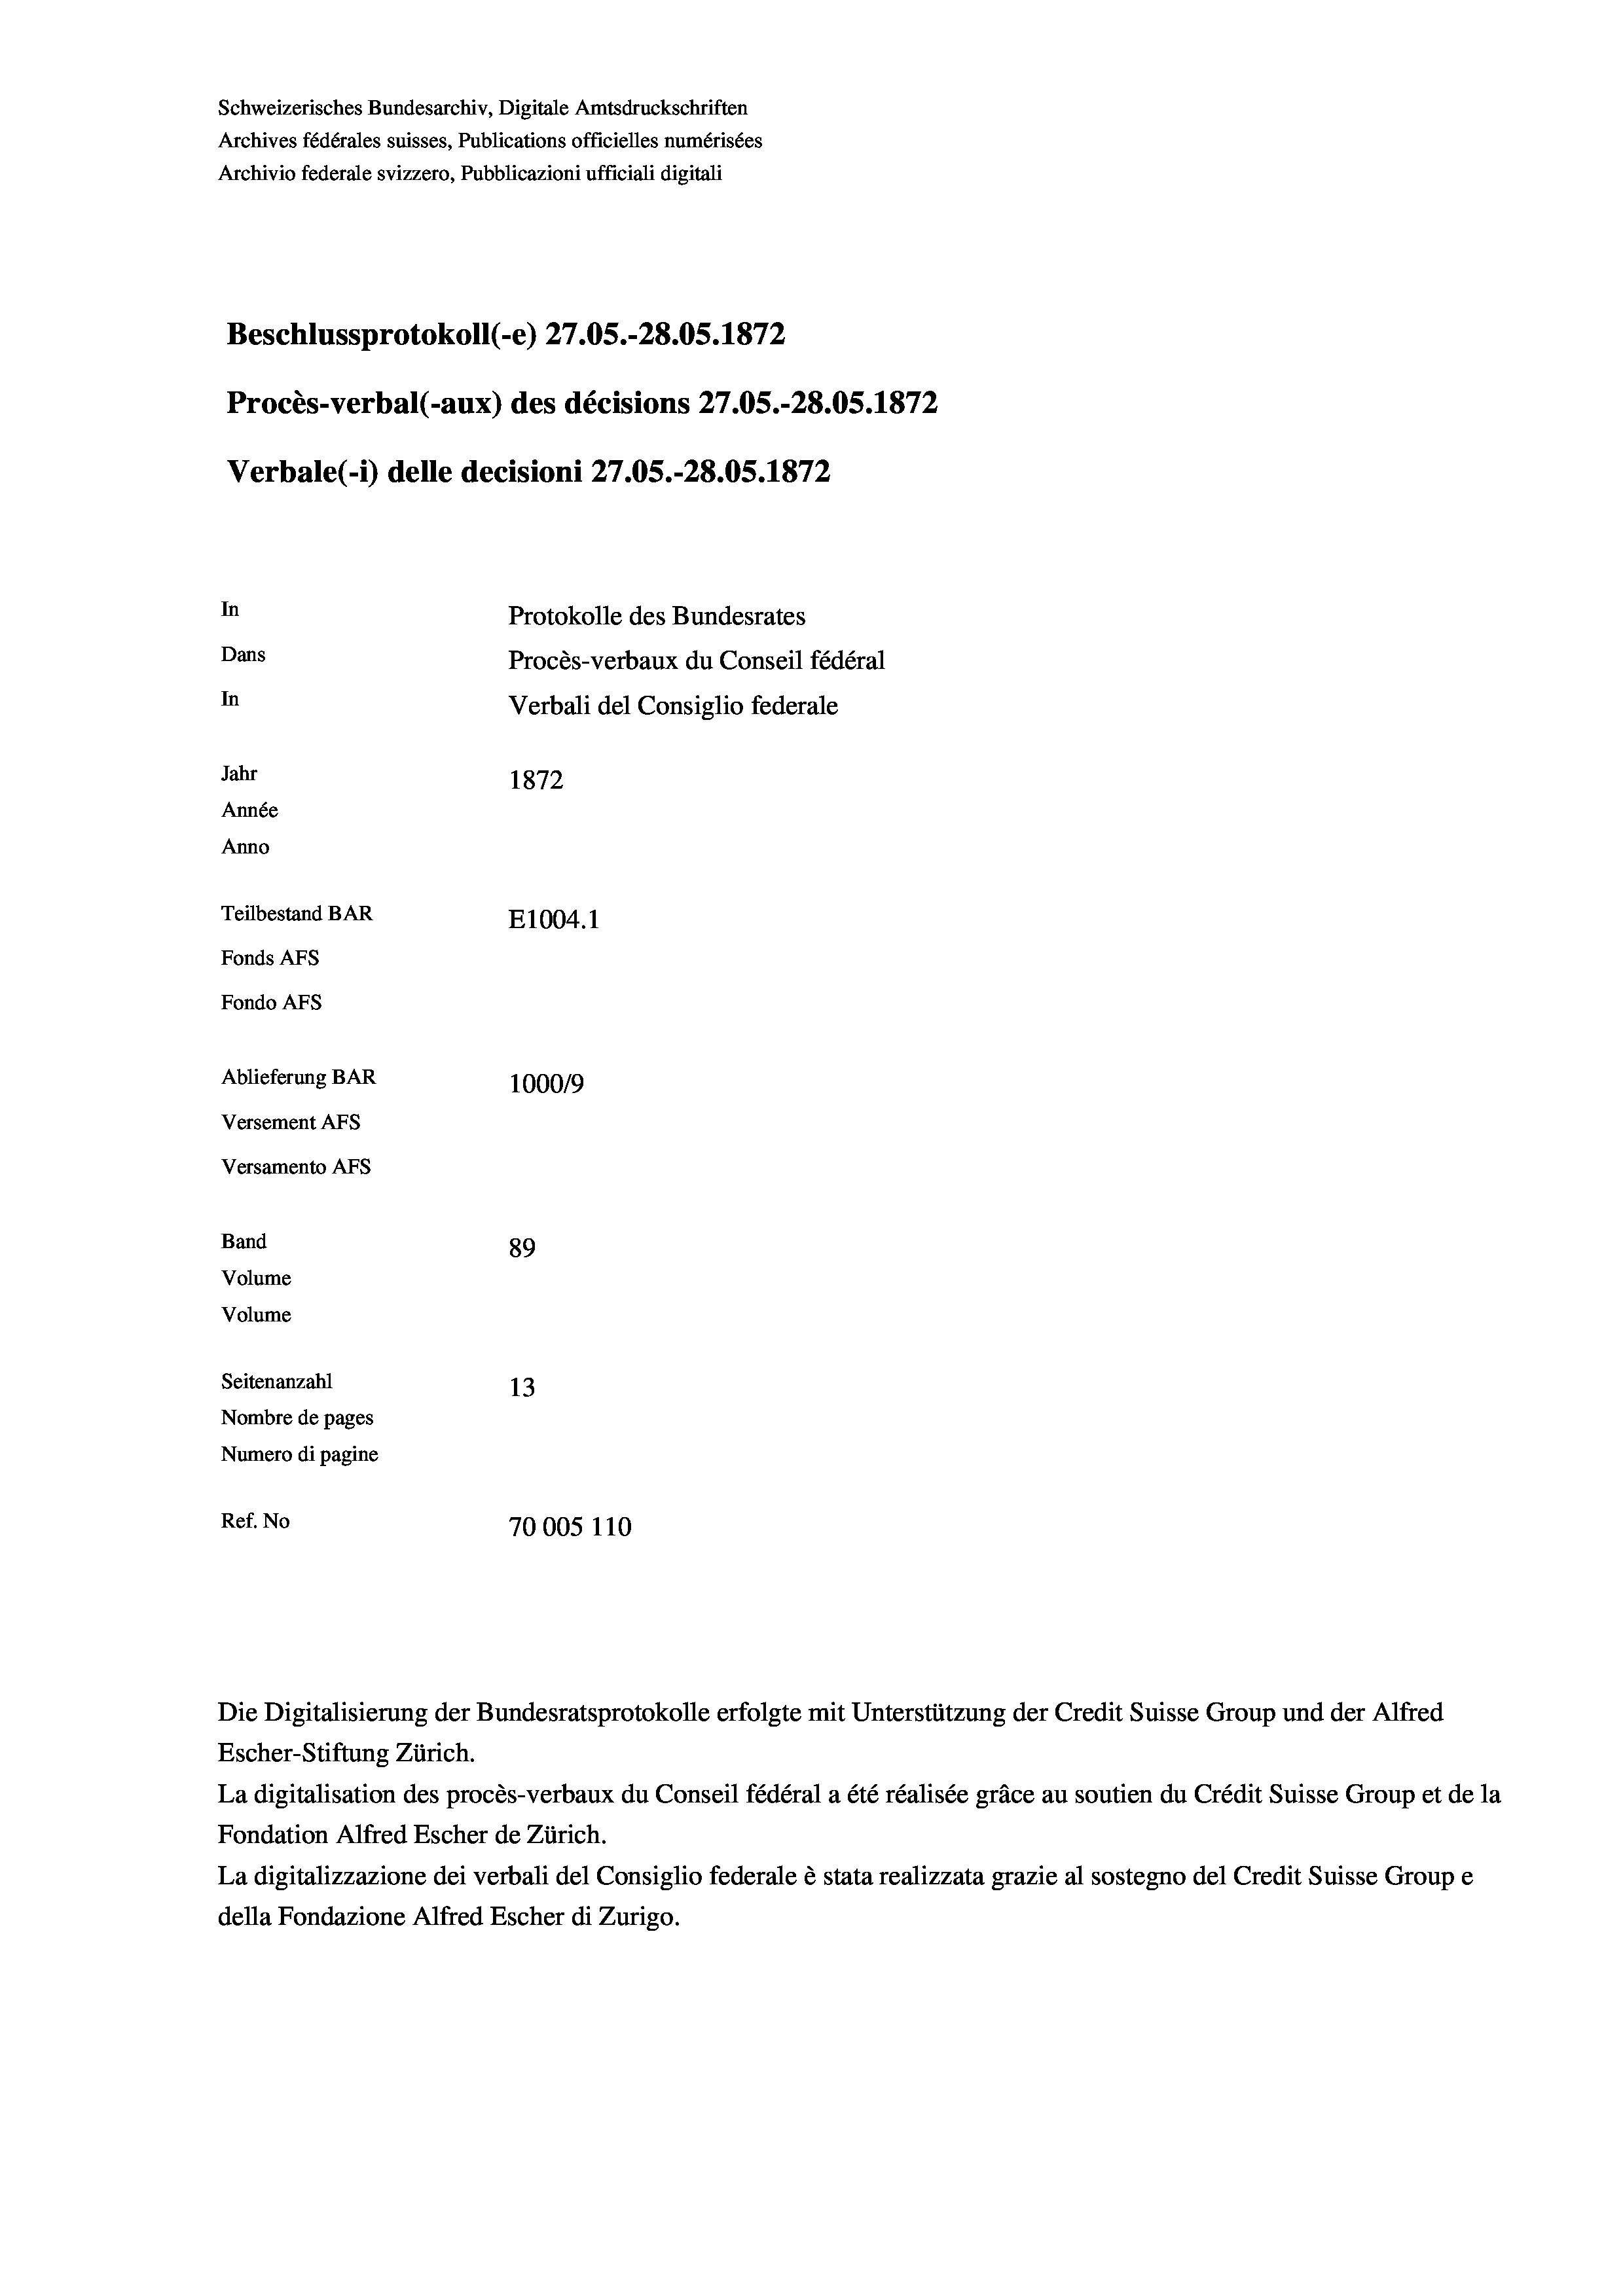
Schweizerisches Bundesarchiv, Digitale Amtsdruckschriften
Archives fédérales suisses, Publications officielles numérisées
Archivio federale svizzero, Pubblicazioni ufficiali digitali
Beschlussprotokoll (-e) 27.05.-28.05. 1872
Procès-verbal (-aux) des décisions 27.05.-28.05. 1872
Verbale (i) delle decisioni 27.05.-28.05. 1872
In
Protokolle des Bundesrates
Dans
Procès-verbaux du Conseil fédéral
In
Verbali del Consiglio federale
Jahr
1872
Année
Anno
Teilbestand BAR
E1004.1
Fonds AFs
Fondo Afs
Ablieferung BAR
100019
Versement AFs
Versamento AFs
Band
89
Volume
Volume

Seitenanzahl
13
Nombre de pages
Numero di pagine
Ref. No
70005 110

Escher-Stiftung Zürich.
La digitalisation des procès-verbaux du Conseil fédéral a été réalisée gräce au soutien du Crédit Suisse Group et de la
Fondation Alfred Escher de Zürich.
La digitalizzazione dei verbali del Consiglio federale è stata realizzata grazie al sostegno del Credit Suisse Groupe
della Fondazione Alfred Escher di Zurigo.

Die Digitalisierung der Bundesratsprotokolle erfolgte mit Unterstützung der Credit Suisse Group und der Alfred